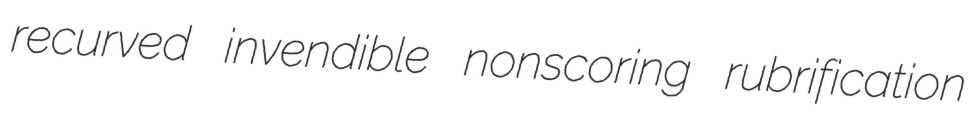
recurved invendible nonscoring rubrification